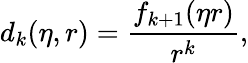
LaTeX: d_{k}(\eta,r)=\frac{f_{k+1}(\eta r)}{r^{k}},